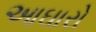
આઘારો